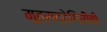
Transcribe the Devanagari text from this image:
मुत्सद्देगिरीची